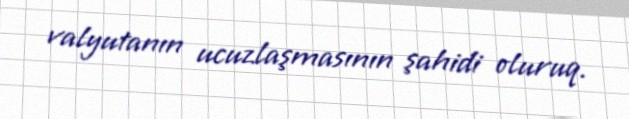
valyutanın ucuzlaşmasının şahidi oluruq.